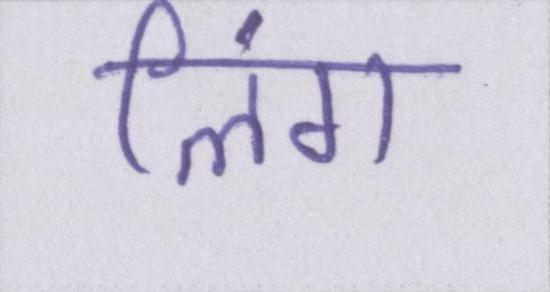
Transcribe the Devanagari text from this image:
लिंग